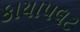
કાયાપલટ